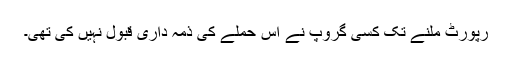
رپورٹ ملنے تک کسی گروپ نے اس حملے کی ذمہ داری قبول نہیں کی تھی۔